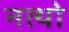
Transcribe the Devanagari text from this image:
नत्थो